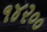
૧૪૨૦૦